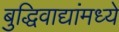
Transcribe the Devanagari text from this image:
बुद्धिवाद्यांंमध्ये